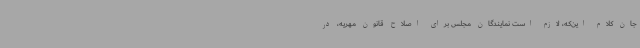
جان کلام این‌که، لازم است نمایندگان مجلس برای اصلاح قانون مهریه، در